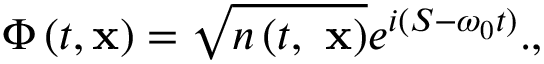
\Phi \left( t , { \bf x } \right) = \sqrt { n \left( t , \ { \bf x } \right) } e ^ { i ( S - \omega _ { 0 } t ) } . ,